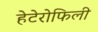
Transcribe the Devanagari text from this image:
हेटेरोफिली